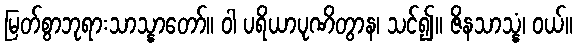
မြတ်စွာဘုရားသာသ္နာတော်။ ဝါ ပရိယာပုဏိတွာန၊ သင်၍။ ဇိနသာသ္နံ၊ ဝယ်။